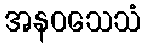
အနဝသေသံ